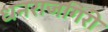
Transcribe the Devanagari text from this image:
धनराजगिरी